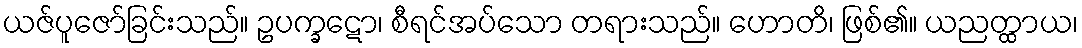
ယဇ်ပူဇော်ခြင်းသည်။ ဥပက္ခဋော၊ စီရင်အပ်သော တရားသည်။ ဟောတိ၊ ဖြစ်၏။ ယညတ္ထာယ၊